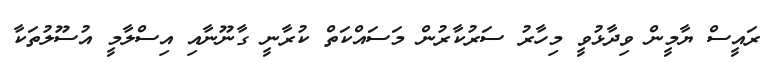
ރައީސް ޔާމީން ވިދާޅުވީ މިހާރު ސަރުކާރުން މަސައްކަތް ކުރާނީ ގާނޫނާއި އިސްލާމީ އުސޫލުތަކާ